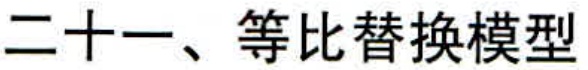
二十一、等比替换模型